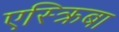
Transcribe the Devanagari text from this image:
एस्क्रिबा